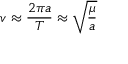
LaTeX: v \approx { \frac { 2 \pi a } { T } } \approx { \sqrt { \frac { \mu } { a } } }